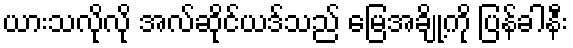
ယားသလိုလို အလ်ဆိုင်ယဒ်သည် မြေအချို့ကို ပြန်ခါနီး